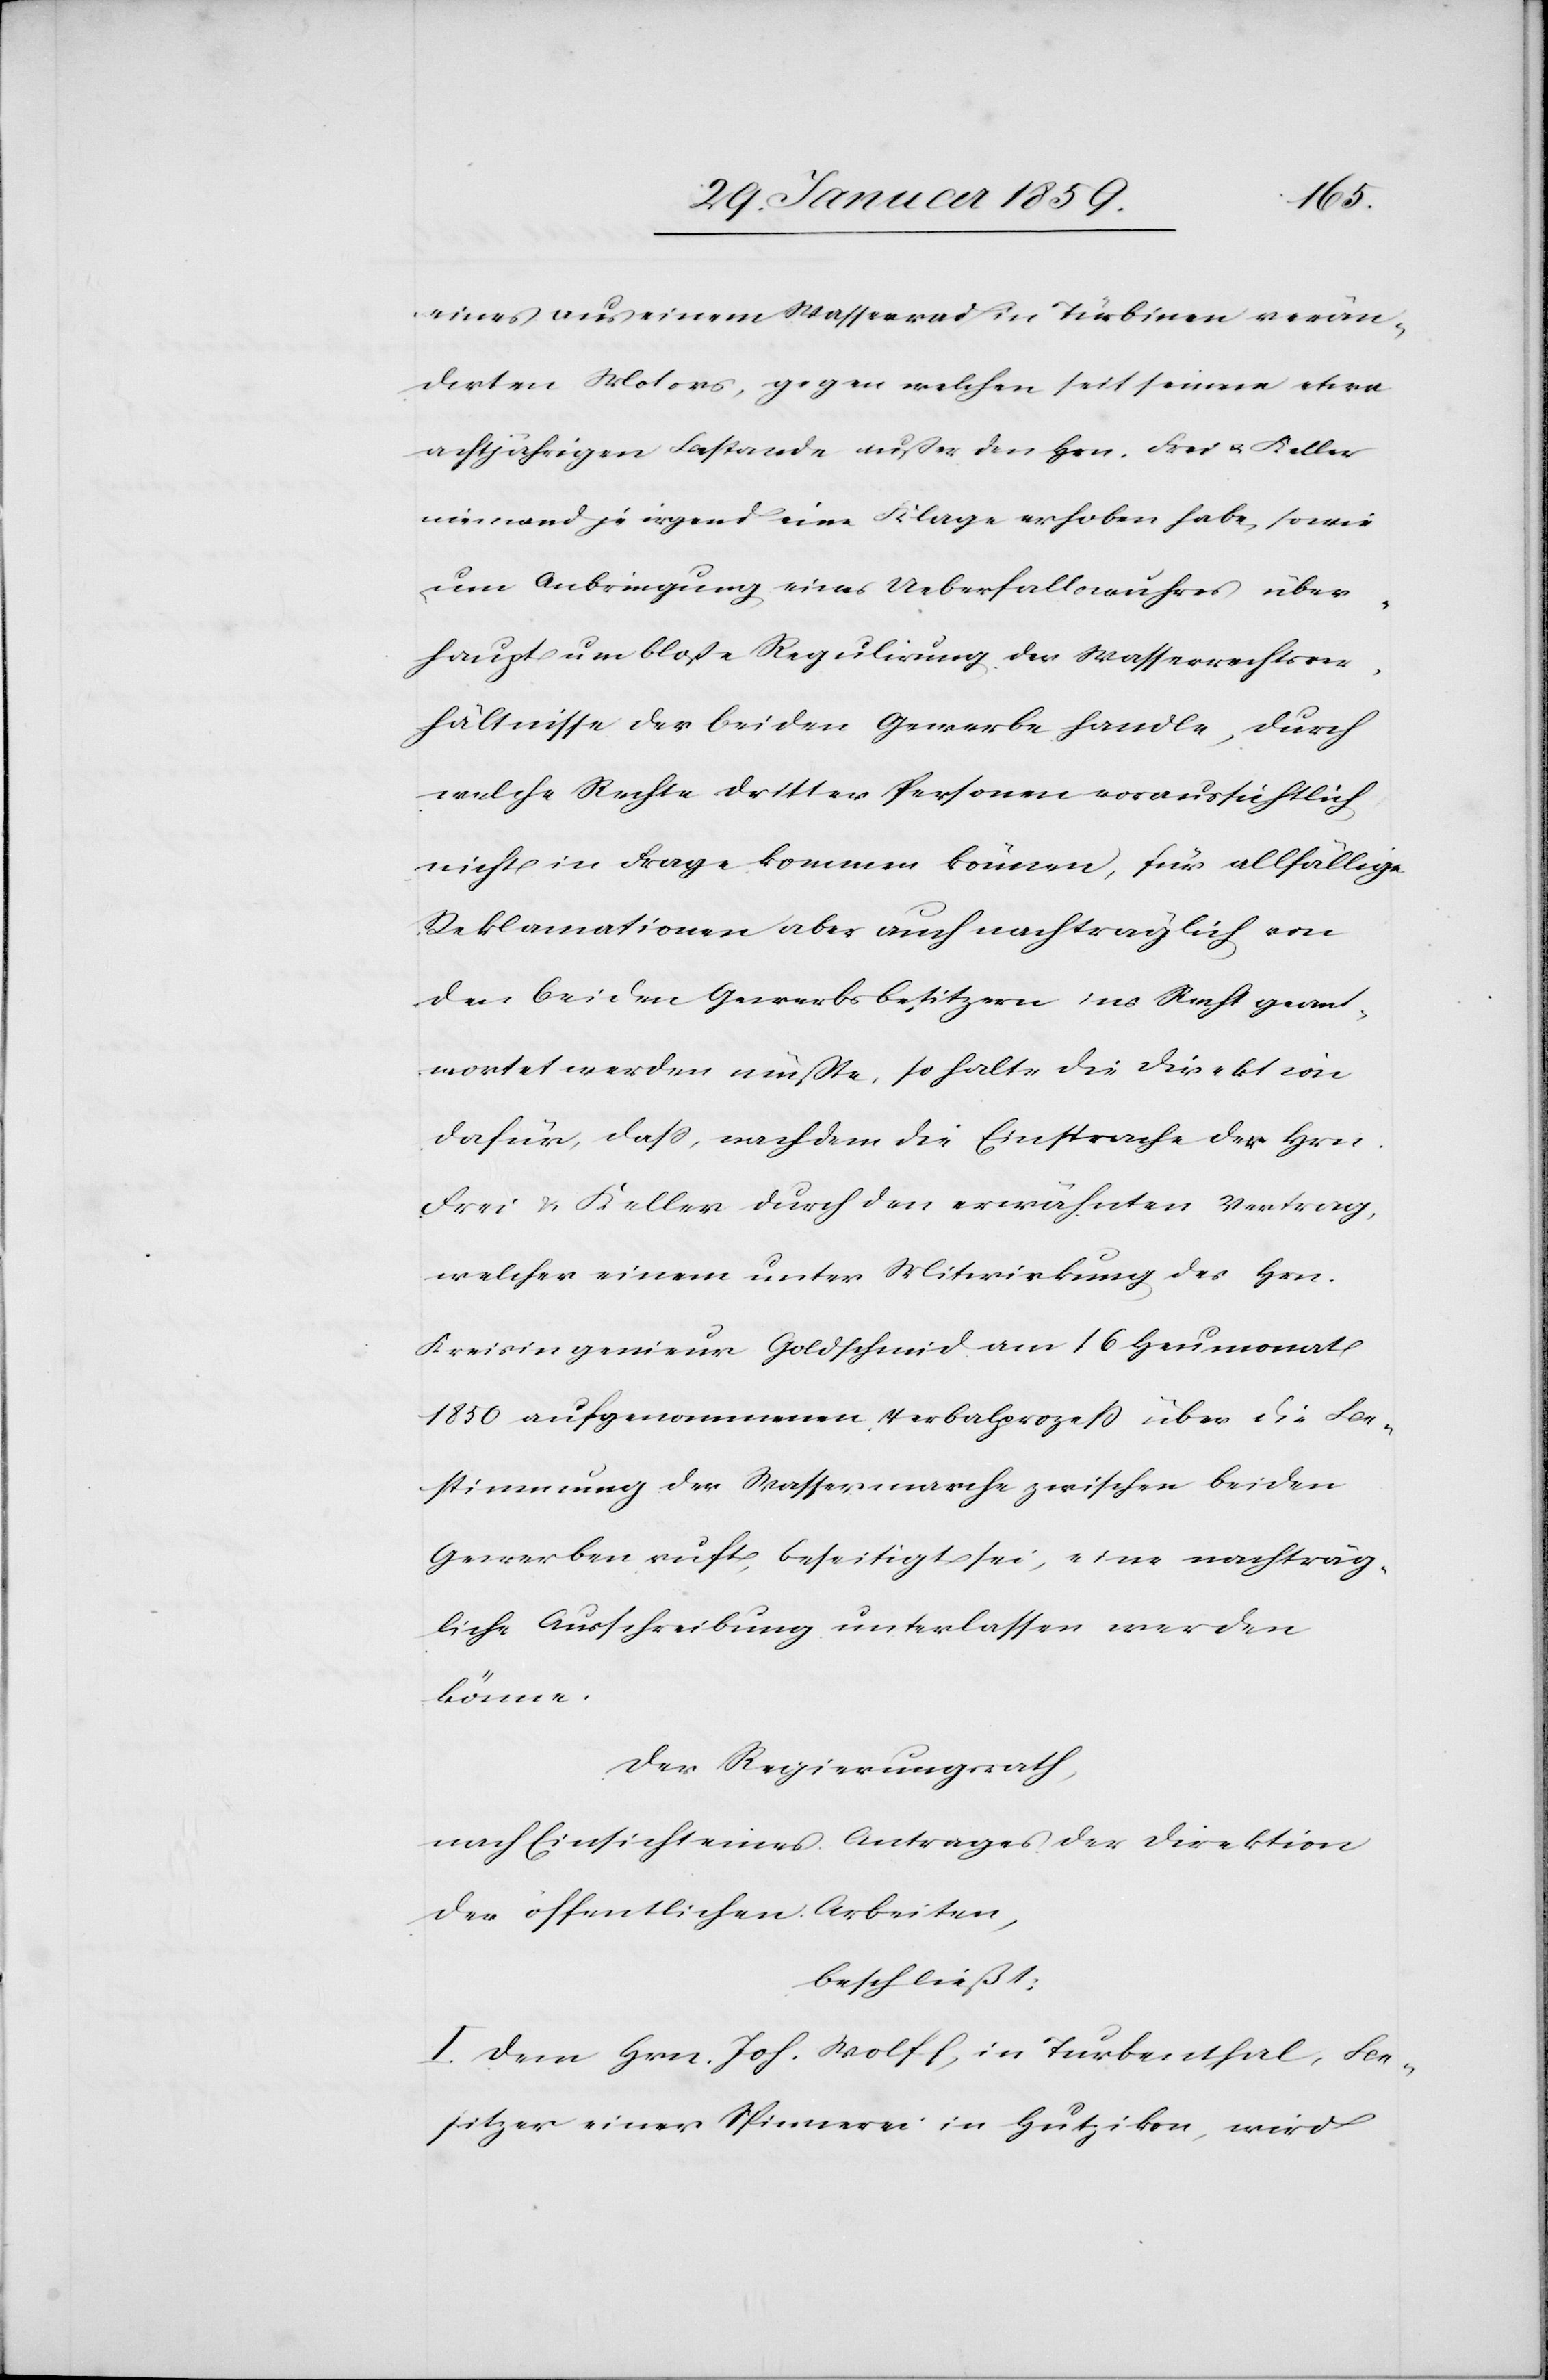
eines aus einem Wasserrad in Türbinen verän¬
derten Motors, gegen welchen seit seinem etwa
achtjährigen Bestande außer den Hrn. Frei u. Keller
niemand je irgend eine Klage erhoben habe, sowie
um Anbringung eines Ueberfallswuhres über¬
haupt um bloße Regulirung der Wasserrechtsver¬
hältnisse der beiden Gewerbe handle, durch
welche Rechte dritter Personen voraussichtlich
nicht in Frage kommen können, für allfällige
Reklamationen aber auch nachträglich von
den beiden Gewerbsbesitzern ins Recht geant¬
wortet werden müßte, so halte die Direktion
dafür, daß, nachdem die Einsprache der Hrn.
Frei & Keller durch den erwähnten Vertrag,
welcher einem unter Mitwirkung des Hrn.
Kreisingenieur Goldschmid am 16 Heumonat
1850 aufgenommenen, Verbalprozeß über die Be¬
stimmung der Wassermarche zwischen beiden
Gewerben ruft, beseitigt sei, eine nachträg¬
liche Ausschreibung unterlassen werden
könne.
Der Regierungsrath,
nach Einsicht eines Antrages der Direktion
der öffentlichen Arbeiten,
beschließt:
I. Dem Hrn. Joh. Wolff, in Turbenthal, Be¬
sitzer einer Spinnerei in Hutzikon, wird